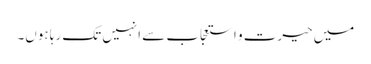
میں حیرت و استعجاب سے انہیں تک رہا ہوں۔